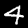
Digit: 4